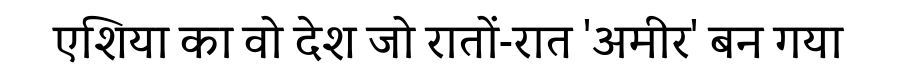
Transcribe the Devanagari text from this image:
एशिया का वो देश जो रातों-रात 'अमीर' बन गया